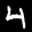
Label: 4